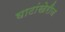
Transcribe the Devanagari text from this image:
घाटांखेरीज